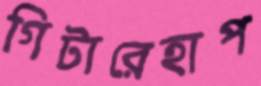
গিটারেহাপ